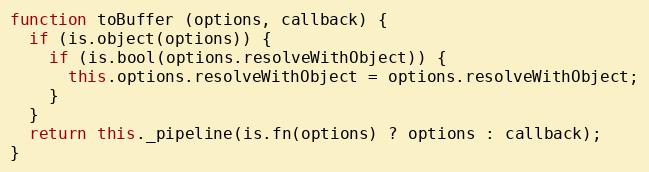
Language: JavaScript
function toBuffer (options, callback) {
  if (is.object(options)) {
    if (is.bool(options.resolveWithObject)) {
      this.options.resolveWithObject = options.resolveWithObject;
    }
  }
  return this._pipeline(is.fn(options) ? options : callback);
}